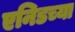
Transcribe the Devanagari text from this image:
एनिडच्या